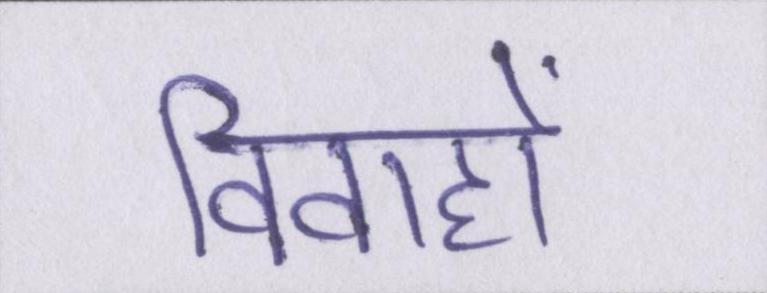
विवाहों